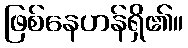
ဖြစ်နေဟန်ရှိ၏။